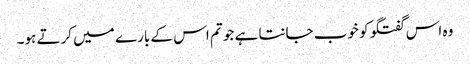
وہ اس گفتگو کو خوب جانتا ہے جو تم اس کے بارے میں کرتے ہو۔